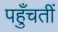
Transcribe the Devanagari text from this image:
पहुँचतीं